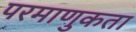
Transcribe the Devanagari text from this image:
परमाणुकता